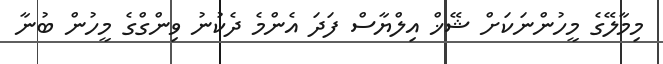
މިމާލޭގެ މީހުންނަކަށް ޝޭޚް އިލްޔާސް ފަދަ އެންމެ ދެކުނު ވިންގްގެ މީހުން ބުނާ